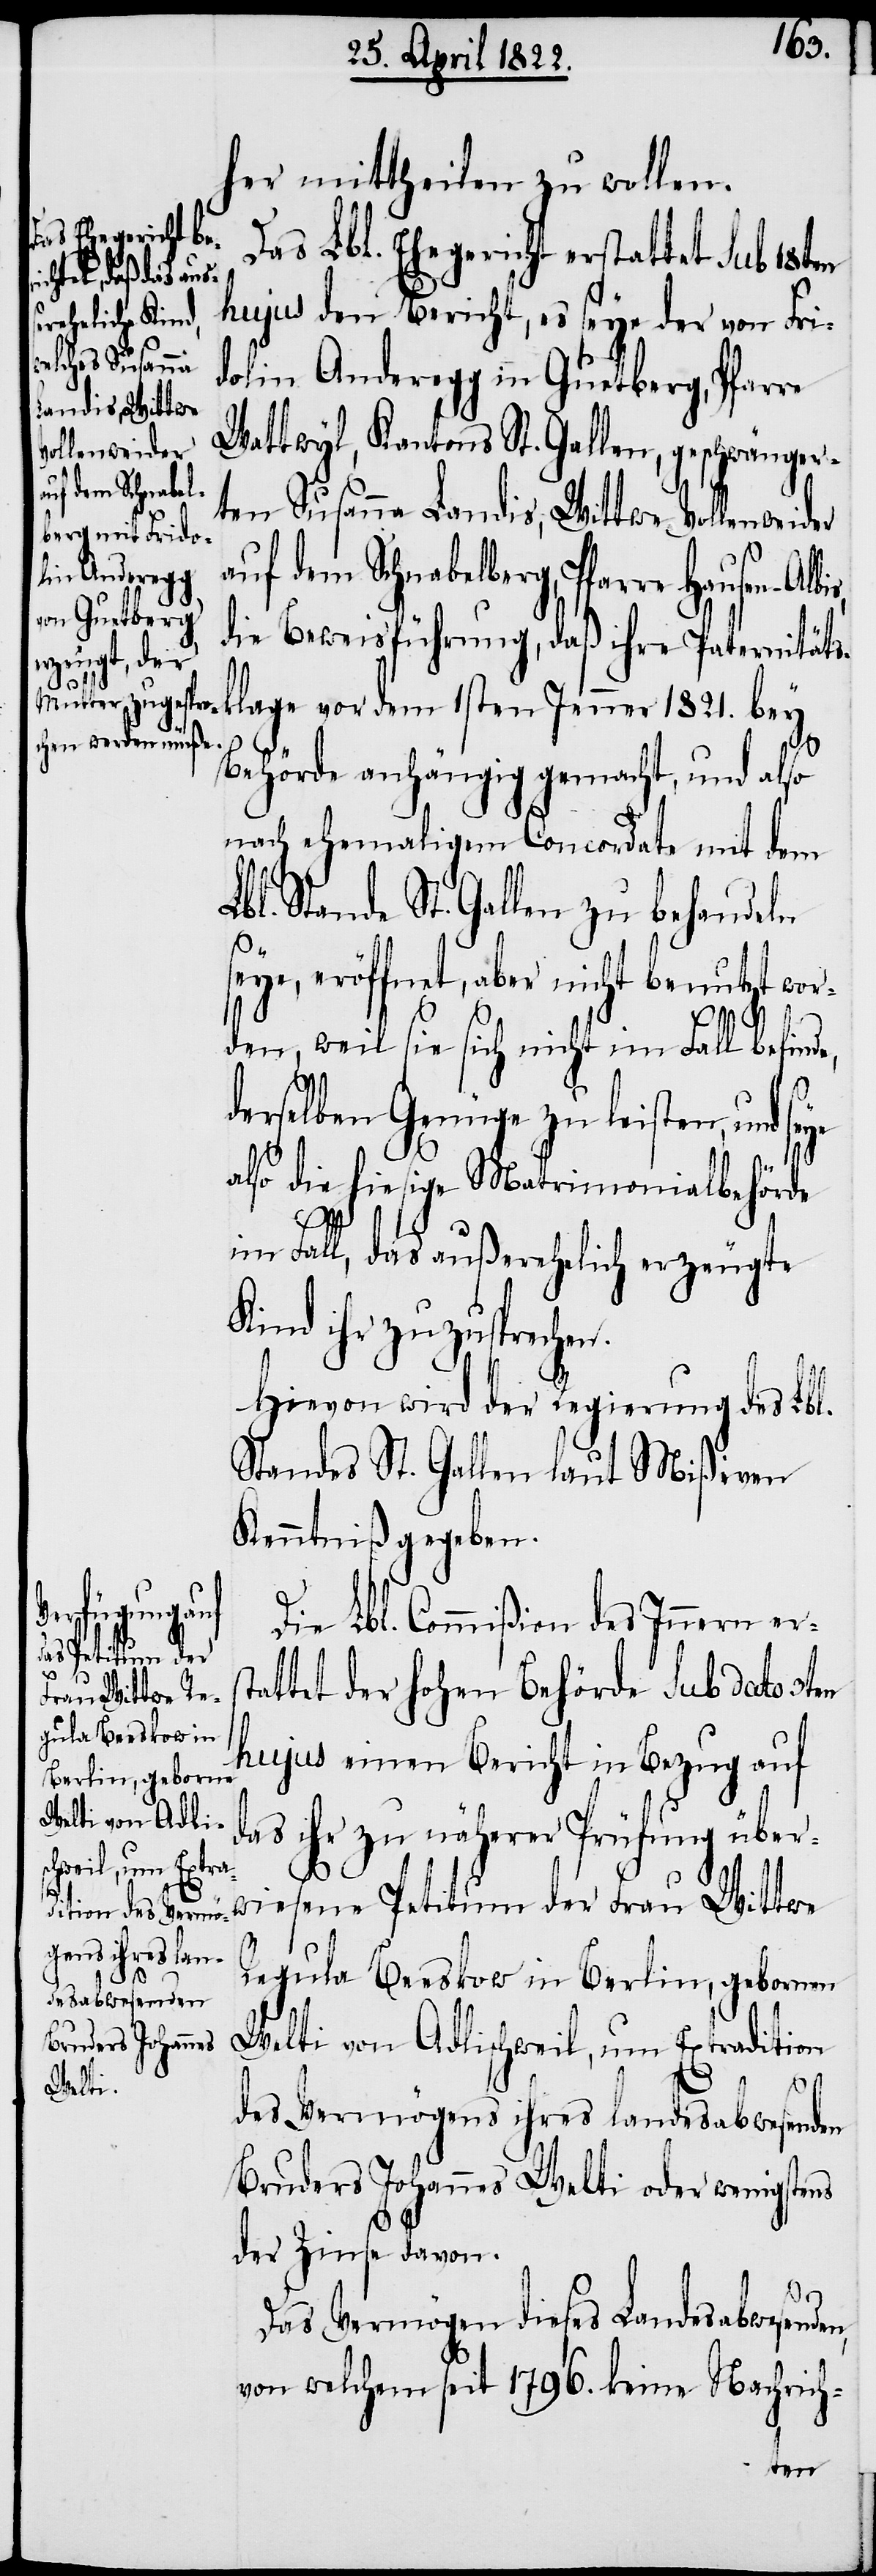
her mittheilen zu wollen.
Das Lbl. Ehegericht erstattet sub 18ten
hujus den Bericht, es seye der von Fri¬
dolin Anderegg in Guetberg, Pfarre
Wattwyl, Kantons St. Gallen, geschwänger¬
ten Susanna Landis, Wittwe Vollenweider
auf dem Schnabelberg, Pfarre Hausen-Albi¬
die Beweisführung, daß ihre Paternitäts¬
klage vor dem 1sten Jenner 1821. bey
Behörde anhängig gemacht, und also
nach ehemaligem Condordate mit dem
Lbl. Stande St. Gallen zu behandeln
seye, eröffnet, aber nicht benutzt wor¬
den, weil sie sich nicht im Fall befinde,
derselben Genüge zu leisten, und se¬
st¬
also hiesige Matrimonialbehörde
im Fall, das außerehelich erzeugte
Kind ihr zuzusprechen.
Hievon wird der Regierung des Lbl.
Standes St. Gallen laut Mißiven
Kenntniß gegeben.
Die Lbl. Commißion des Innern er¬
attet der hohen Behörde sub dato 3ten
hujus einen Bericht in Bezug auf
das ihr zu näherer Prüfung über¬
s,
wiesene Petitum der Frau Wittwe
Regula Beeskow in Berlin, gebornen
Welti von Adlischweil, um Extradition
des Vermögens ihres landesabwesenden
Bruders Johannes Welti oder wenigstens
der Zinse davon.
Das Vermögen dieses Landesabwesenden
von welchem seit 1796. keine Nachrich-